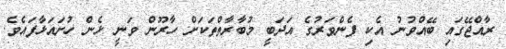
ރާއްޖޭގައި ބޭއްވުނު އެކި ފެންވަރުގެ އަދަބީ މުބާރާތްތަކަށް ހާރޫން ވަނީ ޅެން ހުށައަޅާފައެވެ.